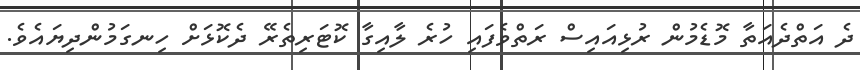
ދެ އަތްދެއަތާ މޮޑެމުން ރުޅިއައިސް ރަތްވެފައި ހުރެ ލާއިގާ ކޮޓަރިތެރޭ ދެކޮޅަށް ހިނގަމުންދިޔައެވެ.